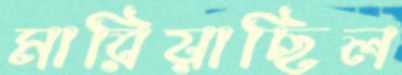
মারিয়াছিল